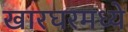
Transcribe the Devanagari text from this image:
खारघरमध्ये